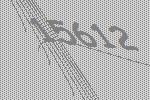
15612